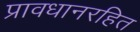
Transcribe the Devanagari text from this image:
प्रावधानरहित